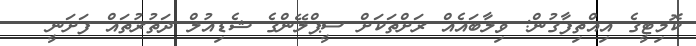
ކޮމިޓީގެ އިއްތިފާގުން: ވިލާބައެއް ރަށްތަކަށް ސީޕްލޭންގެ ޝެޑިއުލް ދަތުރުތައް ފަށަނީ